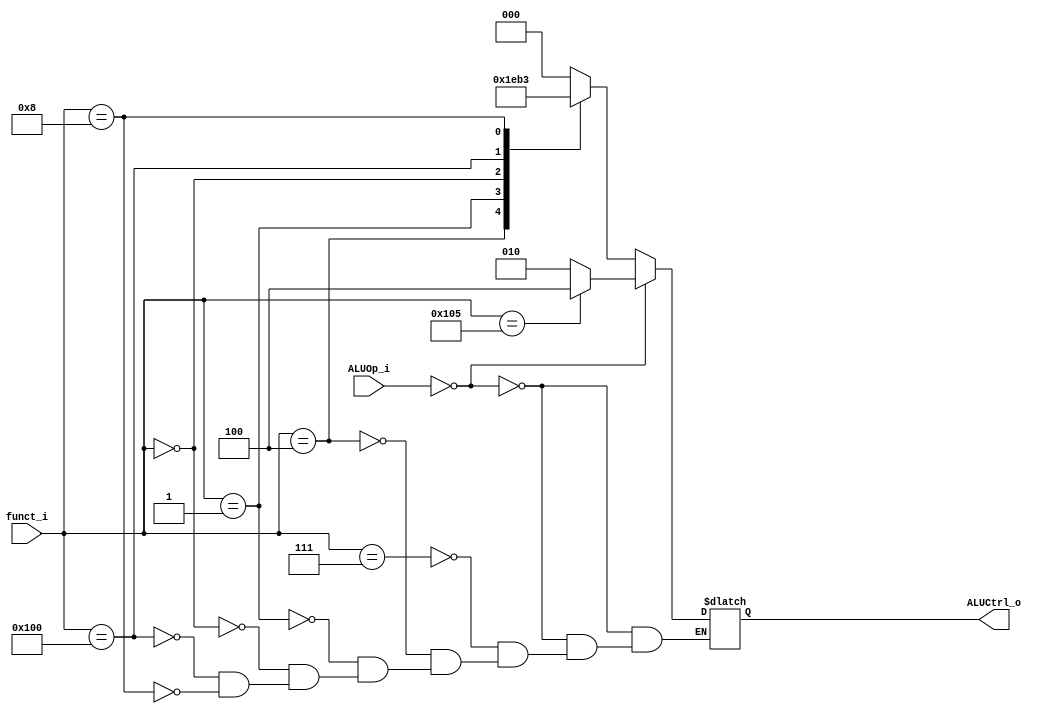
`define AND 3'b000
`define XOR 3'b001
`define ADD 3'b010
`define SUB 3'b110
`define SLL 3'b111
`define MUL 3'b011
`define SRAI 3'b100
module ALU_Control
(
    funct_i,
    ALUOp_i,
    ALUCtrl_o
);
input [9:0] funct_i;
input [1:0] ALUOp_i;
output [2:0] ALUCtrl_o;
reg [2:0] ALUCtrl;
assign ALUCtrl_o=ALUCtrl;
always@(funct_i or ALUOp_i) begin
    if(ALUOp_i==2'b00 ) begin
        case(funct_i)
            10'b0100000101:ALUCtrl=`SRAI;
            default: ALUCtrl=`ADD;
        endcase
    end
    else begin
        case (funct_i)
            10'b0000000111:ALUCtrl=`AND;
            10'b0000000100:ALUCtrl=`XOR;
            10'b0000000001:ALUCtrl=`SLL;
            10'b0000000000:ALUCtrl=`ADD;
            10'b0100000000:ALUCtrl=`SUB;
            10'b0000001000:ALUCtrl=`MUL;
        endcase
    end
end

endmodule